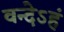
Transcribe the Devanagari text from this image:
वन्देऽहं